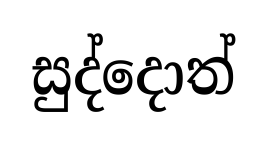
සුද්දොත්